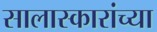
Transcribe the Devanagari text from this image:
सालास्कारांच्या